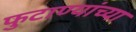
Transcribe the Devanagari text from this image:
फुटाण्यांच्या